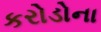
કરોડોના